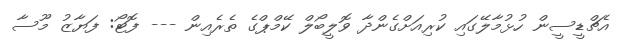
އެޗްޑީސީން ހުޅުމާލޭގައި ކުރިއަށްގެންދާ ވޮލީބޯލް ކޭމްޕްގެ ތެރެއިން --- ފޮޓޯ: ފަޔާޒު މޫސާ